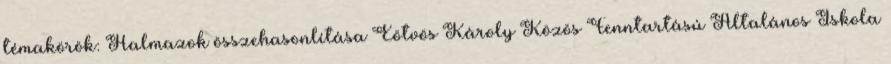
témakörök: Halmazok összehasonlítása Eötvös Károly Közös Fenntartású Általános Iskola